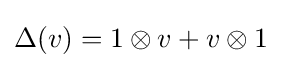
\Delta (v)=1\otimes v+v\otimes 1